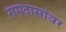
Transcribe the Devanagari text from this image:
रामदासांवर